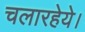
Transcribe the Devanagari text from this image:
चलारहेये।